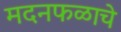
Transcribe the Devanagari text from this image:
मदनफळाचे